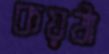
কয়ঠা